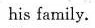
his family.